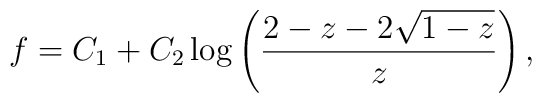
f= C_1 + C_2 \log \left( \frac {2-z-2\sqrt{1-z}}{z} \right),